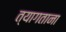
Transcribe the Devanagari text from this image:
त्यागताना